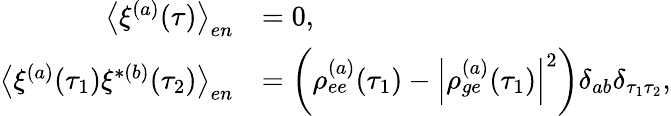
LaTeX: \begin{array}{rl}{\left\langle\xi^{(a)}(\tau)\right\rangle_{en}}&{=0,}\\ {\left\langle\xi^{(a)}(\tau_{1})\xi^{*(b)}(\tau_{2})\right\rangle_{en}}&{=\left(\rho_{ee}^{(a)}(\tau_{1})-\left|\rho_{ge}^{(a)}(\tau_{1})\right|^{2}\right)\delta_{ab}\delta_{\tau_{1}\tau_{2}},}\end{array}